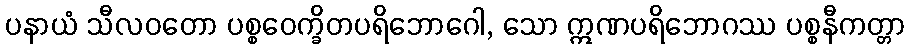
ပနာယံ သီလဝတော ပစ္စဝေက္ခိတပရိဘောဂေါ, သော ဣဏပရိဘောဂဿ ပစ္စနီကတ္တာ